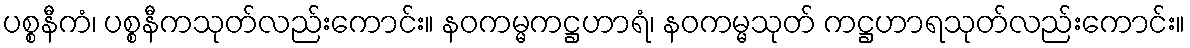
ပစ္စနီကံ၊ ပစ္စနီကသုတ်လည်းကောင်း။ နဝကမ္မကဋ္ဌဟာရံ၊ နဝကမ္မသုတ် ကဋ္ဌဟာရသုတ်လည်းကောင်း။